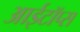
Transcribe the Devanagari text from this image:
आईटॉप्स